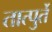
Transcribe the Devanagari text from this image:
तात्पुर्ते